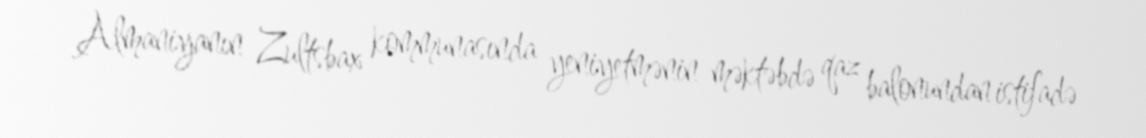
Almaniyanın Zultsbax kommunasında yeniyetmənin məktəbdə qaz balonundan istifadə